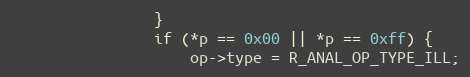
Language: C
				}
				if (*p == 0x00 || *p == 0xff) {
					op->type = R_ANAL_OP_TYPE_ILL;